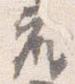
座